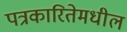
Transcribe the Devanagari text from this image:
पत्रकारितेमधील